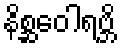
နိစ္ဆဝေါရဗ္ဘိ